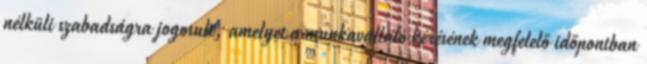
nélküli szabadságra jogosult, amelyet a munkavállaló kérésének megfelelő időpontban